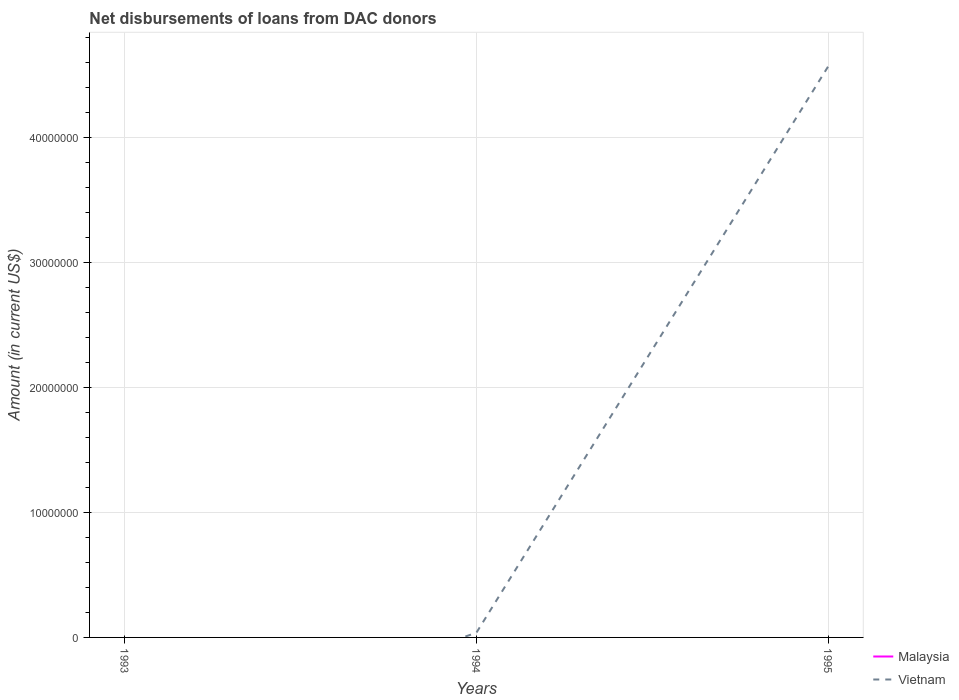
| Years | Malaysia | Vietnam |
 | --- | --- | --- |
 | 1993 | -5.55e+05 | -9.24e+06 |
 | 1994 | -6.32e+05 | 3.73e+05 |
 | 1995 | -3.88e+05 | 4.57e+07 |